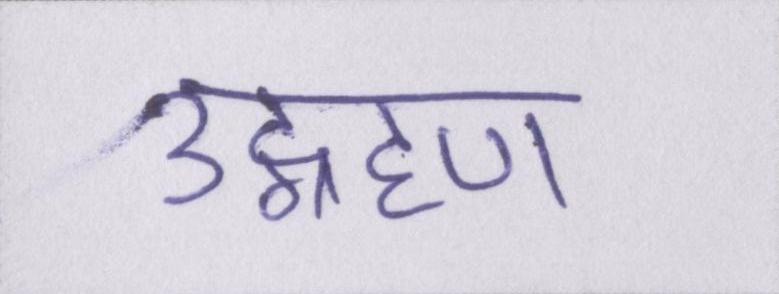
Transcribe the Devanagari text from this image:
उद्ग्रहण